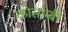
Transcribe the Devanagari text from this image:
कोसाम्बी